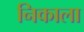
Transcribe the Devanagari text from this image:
निकाला